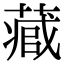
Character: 𮐻